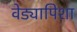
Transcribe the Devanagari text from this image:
वेड्यापिशा